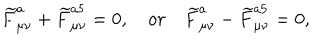
\widetilde { F } _ { \mu \nu } ^ { a } + \widetilde { F } _ { \mu \nu } ^ { a 5 } = 0 , \quad o r \quad \widetilde { F } _ { \mu \nu } ^ { a } - \widetilde { F } _ { \mu \nu } ^ { a 5 } = 0 ,